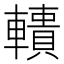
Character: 𨎾